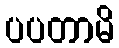
ပပတာမိ